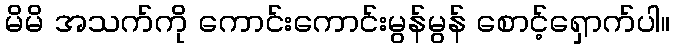
မိမိ အသက်ကို ကောင်းကောင်းမွန်မွန် စောင့်ရှောက်ပါ။